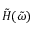
\tilde { H } ( \tilde { \omega } )